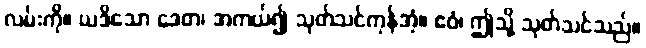
လမ်းကို။ ယဒိသော ဒေတ၊ အကယ်၍ သုတ်သင်ကုန်အံ့။ ဧဝံ၊ ဤသို့ သုတ်သင်သည်။